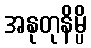
အနုတုနိမ္ပိ